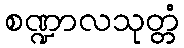
စဏ္ဍာလသုတ္တံ